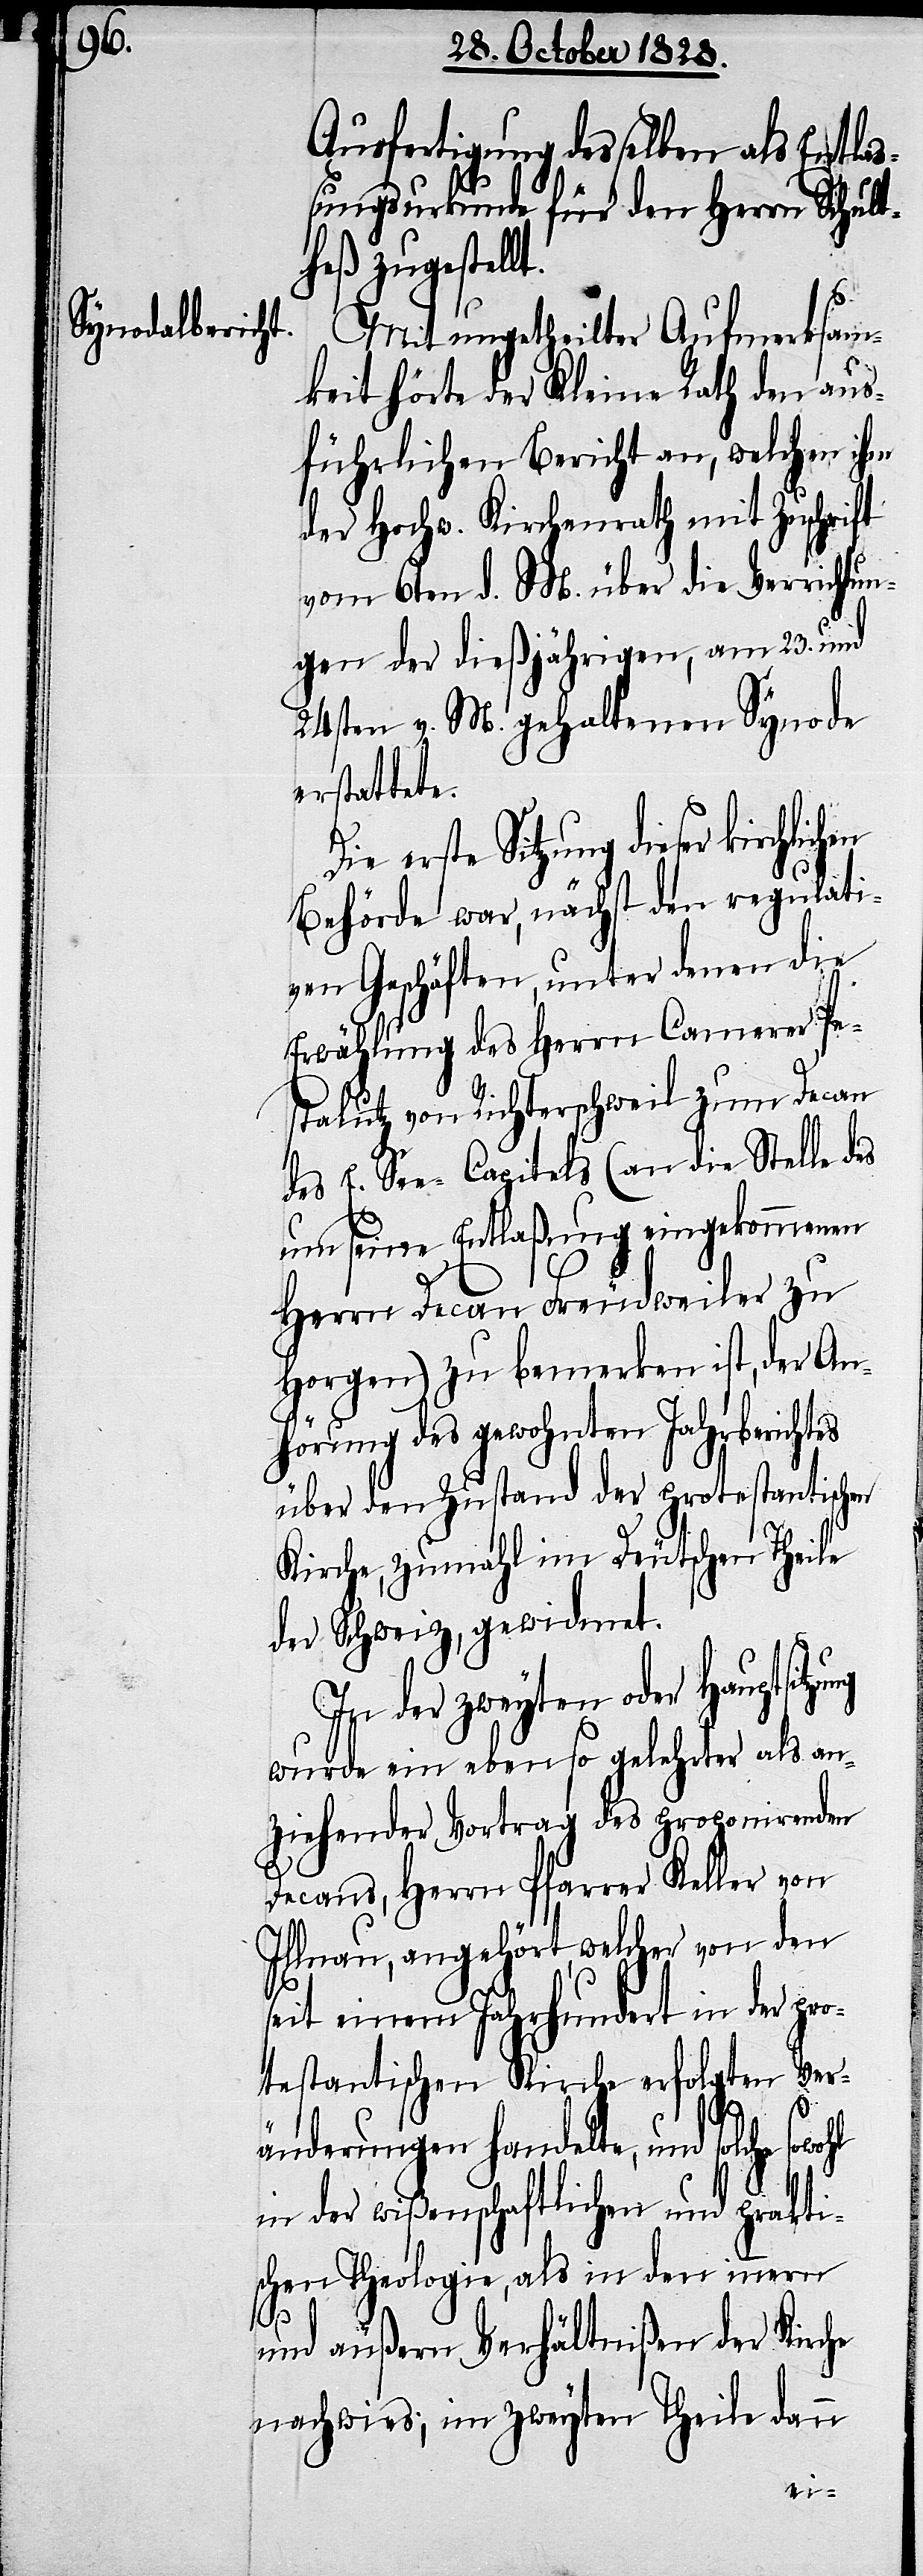
Ausfertigung desselben als Entla¬
ßungsurkunde für den Herrn Schult¬
heß zugestellt.
Mit ungetheilter Aufmerksam¬
keit hörte der Kleine Rath den aus¬
führlichen Bericht an, welchen ihm
der Hochw. Kirchenrath mit Zuschrift
vom 6ten d. M. über die Verrichtun¬
gen der dießjährigen, am 23. und
24sten v. M. gehaltenen Synode
erstattete.
Die erste Sitzung dieser kirchl¬
Behörde war, nächst den regulati¬
ven Geschäften, unter denen die
Erwählung des Herrn Camerer Pe¬
stalutz von Richterschweil zum Decan
des E. See-Capitels (an die Stelle des
um seine Entlaßung eingekommenen
Herrn Decan Freudweiler zu
Horgen) zu bemerken ist, der An¬
hörung des gewohnten Jahresberichtes
über den Zustand der protestantischen
Kirche, zumahl im Deutschen Theile
der Schweiz, gewidmet.
In der zweyten oder Hauptsitz¬
wurde ein ebenso gelehrter als an¬
ziehender Vortrag des proponirenden
Decans, Herrn Pfarrer Keller von
Illnau, angehört, welcher von den
seit einem Jahrhundert in der pr¬
otestantischen Kirche erfolgten Ver¬
änderungen handelte, und solche
in der wißenschaftlichen und prakti¬
schen Theologie, als in den innern
ung
und äußern Verhältnißen der Kirche
nachwies; im zweyten Theile dann